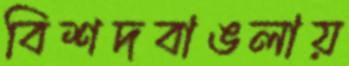
বিশদবাঙলায়